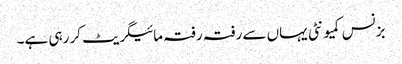
بزنس کمیونٹی یہاں سے رفتہ رفتہ مائیگریٹ کر رہی ہے۔